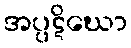
အပ္ပဋိဃော